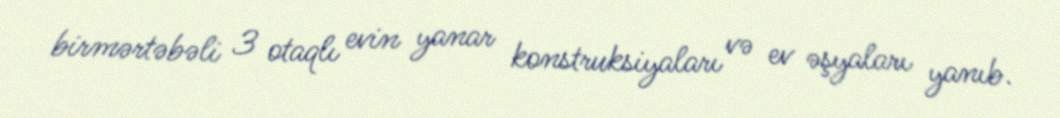
birmərtəbəli 3 otaqlı evin yanar konstruksiyaları və ev əşyaları yanıb.